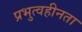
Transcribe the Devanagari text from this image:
प्रभुत्वहीनता